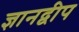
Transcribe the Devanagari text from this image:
ज्ञानद्वीप